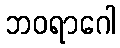
ဘဝရာဂေါ